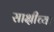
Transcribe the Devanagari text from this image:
साक्षीच्या